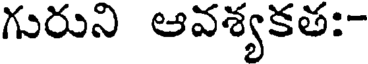
గురుని ఆవశ్యకత:-